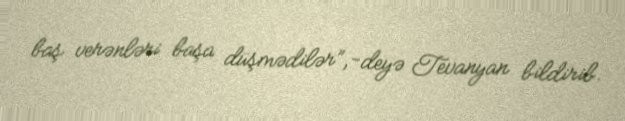
baş verənləri başa düşmədilər”,-deyə Tevanyan bildirib.